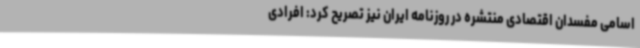
اسامی مفسدان اقتصادی منتشره در روزنامه ایران نیز تصریح کرد: افرادی